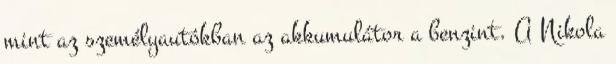
mint az személyautókban az akkumulátor a benzint. A Nikola